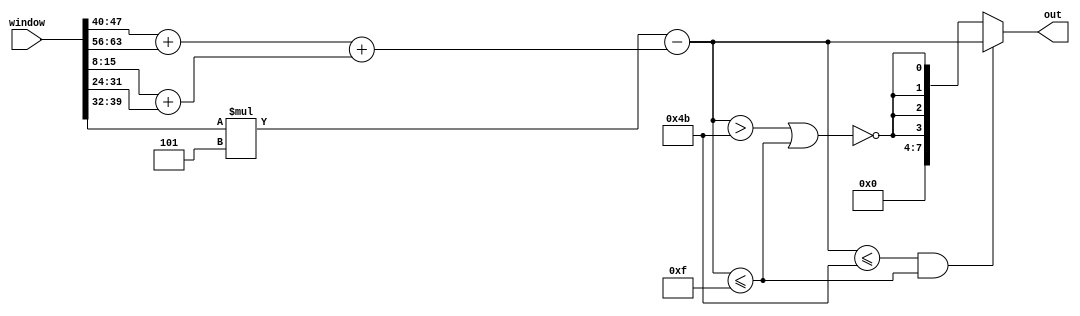
// This program was cloned from: https://github.com/Chair-for-Security-Engineering/fhewsyn
// License: BSD 3-Clause "New" or "Revised" License

// Copyright 2021 Google LLC
//
// Licensed under the Apache License, Version 2.0 (the "License");
// you may not use this file except in compliance with the License.
// You may obtain a copy of the License at
//
//      http://www.apache.org/licenses/LICENSE-2.0
//
// Unless required by applicable law or agreed to in writing, software
// distributed under the License is distributed on an "AS IS" BASIS,
// WITHOUT WARRANTIES OR CONDITIONS OF ANY KIND, either express or implied.
// See the License for the specific language governing permissions and
// limitations under the License.
module kernel_sharpen(
  input wire [71:0] window,
  output wire [7:0] out
);
  // lint_off MULTIPLY
  function automatic [10:0] umul11b_8b_x_3b (input reg [7:0] lhs, input reg [2:0] rhs);
    begin
      umul11b_8b_x_3b = lhs * rhs;
    end
  endfunction
  // lint_on MULTIPLY
  wire [7:0] window_unflattened[0:8];
  assign window_unflattened[0] = window[7:0];
  assign window_unflattened[1] = window[15:8];
  assign window_unflattened[2] = window[23:16];
  assign window_unflattened[3] = window[31:24];
  assign window_unflattened[4] = window[39:32];
  assign window_unflattened[5] = window[47:40];
  assign window_unflattened[6] = window[55:48];
  assign window_unflattened[7] = window[63:56];
  assign window_unflattened[8] = window[71:64];
  wire [10:0] umul_229;
  wire [7:0] add_230;
  wire [7:0] add_231;
  wire [7:0] add_233;
  wire [7:0] sub_235;
  wire [8:0] concat_236;
  wire sle_240;
  assign umul_229 = umul11b_8b_x_3b(window_unflattened[4'h4], 3'h5);
  assign add_230 = window_unflattened[4'h5] + window_unflattened[4'h7];
  assign add_231 = window_unflattened[4'h1] + window_unflattened[4'h3];
  assign add_233 = add_230 + add_231;
  assign sub_235 = umul_229[7:0] - add_233;
  assign concat_236 = {1'h0, sub_235};
  assign sle_240 = $signed(concat_236) <= $signed(9'h00f);
  assign out = ~($signed(concat_236) <= $signed(9'h04b) & sle_240) ? {4'h0, {4{~($signed(concat_236) > $signed(9'h04b) | sle_240)}}} : sub_235;
endmodule